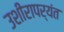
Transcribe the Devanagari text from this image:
उशीरापर्यंत